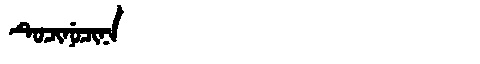
Manchu: ᡨᡠᠴᡳᠨᡠᠴᡳᠨᠠ
Romanization: TUCINUCINA